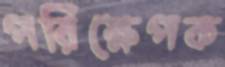
পরিক্ষেপক